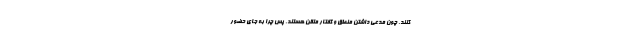
کنند، چون مدعی داشتن منطق و گفتارِ متقن هستند. پس چرا به جای حضور